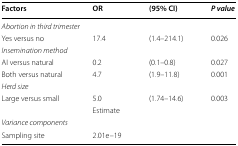
<table><thead><tr><td><b>Factors</b></td><td><b>OR</b></td><td><b>(95% CI)</b></td><td><b><i>P value</i></b></td></tr></thead><tbody><tr><td colspan="4"><i>Abortion in third trimester</i></td></tr><tr><td>Yes versus no</td><td>17.4</td><td>(1.4–214.1)</td><td>0.026</td></tr><tr><td colspan="4"><i>Insemination method</i></td></tr><tr><td>AI versus natural</td><td>0.2</td><td>(0.1–0.8)</td><td>0.027</td></tr><tr><td>Both versus natural</td><td>4.7</td><td>(1.9–11.8)</td><td>0.001</td></tr><tr><td colspan="4"><i>Herd size</i></td></tr><tr><td rowspan="2">Large versus small</td><td>5.0</td><td>(1.74–14.6)</td><td>0.003</td></tr><tr><td>Estimate</td><td></td><td></td></tr><tr><td colspan="4"><i>Variance components</i></td></tr><tr><td>Sampling site</td><td>2.01e–19</td><td></td><td></td></tr></tbody></table>